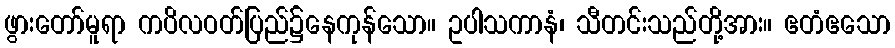
ဖွားတော်မူရာ ကပိလဝတ်ပြည်၌နေကုန်သော။ ဥပါသကာနံ၊ သီတင်းသည်တို့အား။ ဧတံဧသော